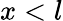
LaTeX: x<l